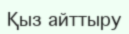
Қыз айттыру